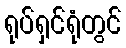
ရုပ်ရှင်ရုံတွင်